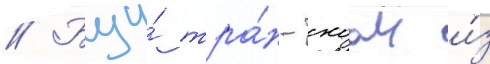
// Буи́ тра́н-хоаи и́з